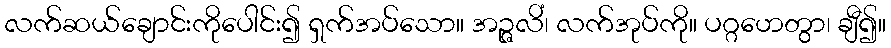
လက်ဆယ်ချောင်းကိုပေါင်း၍ ရှက်အပ်သော။ အဉ္ဇလိံ၊ လက်အုပ်ကို။ ပဂ္ဂဟေတွာ၊ ချီ၍။